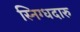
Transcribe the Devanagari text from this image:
स्निग्धदारु